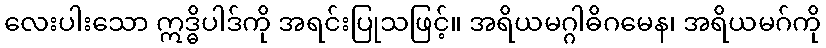
လေးပါးသော ဣဒ္ဓိပါဒ်ကို အရင်းပြုသဖြင့်။ အရိယမဂ္ဂါဓိဂမေန၊ အရိယမဂ်ကို